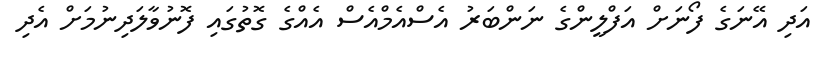
އަދި އޭނަގެ ފޯނަށް އަފްލީންގެ ނަންބަރު އެސްއެމްއެސް އެއްގެ ގޮތުގައި ފޮނުވާލަދިނުމަށް އެދި